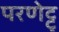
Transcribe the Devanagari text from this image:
परणेट्टु